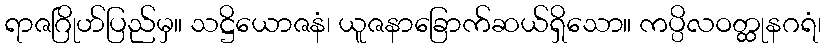
ရာဇဂြိုဟ်ပြည်မှ။ သဋ္ဌိယောဇနံ၊ ယူဇနာခြောက်ဆယ်ရှိသော။ ကပ္ပိလဝတ္ထုနဂရံ၊